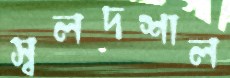
স্বলদশাল